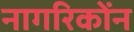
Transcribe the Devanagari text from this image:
नागरिकोंन